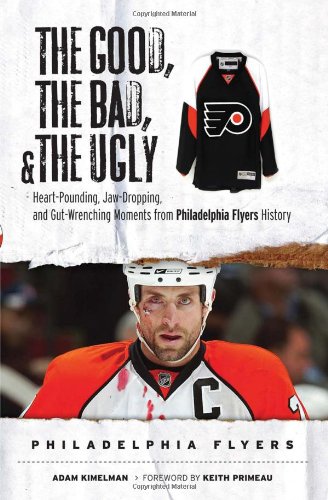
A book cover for The Good, the Bad & the Ugly Philadelphia Flyers: Heart-pounding, Jaw-dropping, and Gut-wrenching Moments from Philadelphia Flyers History (Good, the Bad, & the Ugly) (Good, the Bad, & the Ugly); Adam Kimelman; Travel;